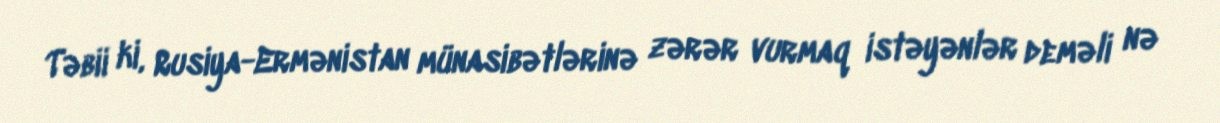
Təbii ki, Rusiya-Ermənistan münasibətlərinə zərər vurmaq istəyənlər deməli nə